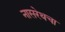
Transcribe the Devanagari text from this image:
नासरेथचा